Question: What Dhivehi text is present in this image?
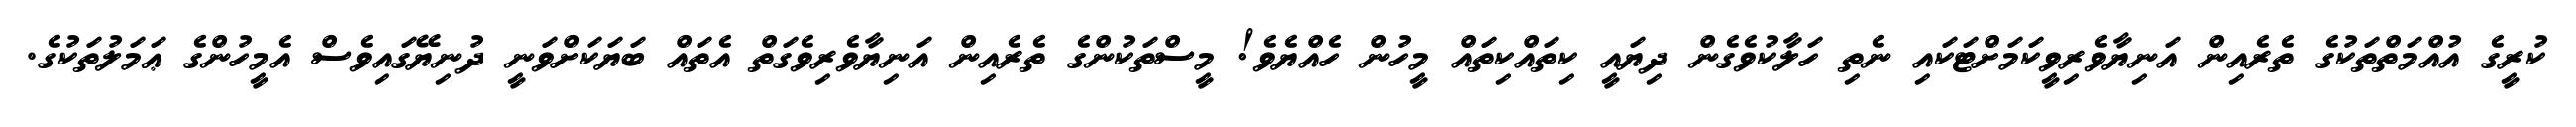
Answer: ކުރީގެ އުއްމަތްތަކުގެ ތެރެއިން އަނިޔާވެރިވީކަމަށްޓަކައި ނެތި ހަލާކުވެގެން ދިޔައީ ކިތައްކިތައް މީހުން ހެއްޔެވެ! މީސްތަކުންގެ ތެރެއިން އަނިޔާވެރިވެގަތް އެތައް ބަޔަކަށްވަނީ ދުނިޔޭގައިވެސް އެމީހުންގެ ޢަމަލުތަކުގެ.